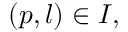
( p , l ) \in I ,